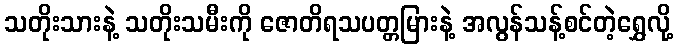
သတိုးသားနဲ့ သတိုးသမီးကို ဇောတိရသပတ္တမြားနဲ့ အလွန်သန့်စင်တဲ့ရွှေလို့